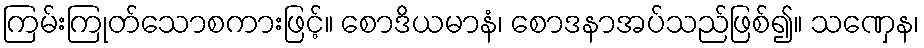
ကြမ်းကြုတ်သောစကားဖြင့်။ စောဒိယမာနံ၊ စောဒနာအပ်သည်ဖြစ်၍။ သဏှေန၊